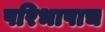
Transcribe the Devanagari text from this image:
परिभाषाच